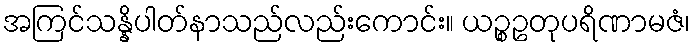
အကြင်သန္နိပါတ်နာသည်လည်းကောင်း။ ယဉ္စဥတုပရိဏာမဇံ၊